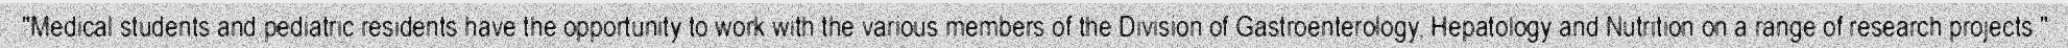
"Medical students and pediatric residents have the opportunity to work with the various members of the Division of Gastroenterology, Hepatology and Nutrition on a range of research projects."